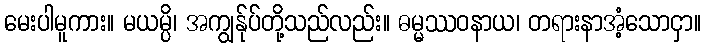
မေးပါမူကား။ မယမ္ပိ၊ အကျွန်ုပ်တို့သည်လည်း။ ဓမ္မဿဝနာယ၊ တရားနာအံ့သောငှာ။